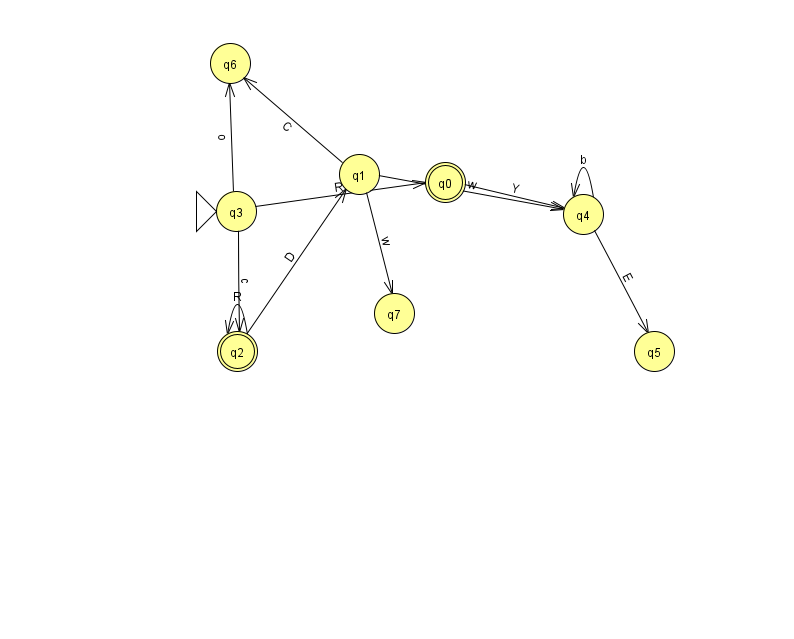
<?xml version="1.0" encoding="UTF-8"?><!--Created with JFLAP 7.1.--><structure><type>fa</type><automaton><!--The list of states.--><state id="0" name="q0"><x>445.0</x><y>169.0</y><final/></state><state id="1" name="q1"><x>359.0</x><y>161.0</y></state><state id="2" name="q2"><x>237.0</x><y>338.0</y><final/></state><state id="3" name="q3"><x>236.0</x><y>198.0</y><initial/></state><state id="4" name="q4"><x>583.0</x><y>201.0</y></state><state id="5" name="q5"><x>654.0</x><y>338.0</y></state><state id="6" name="q6"><x>230.0</x><y>50.0</y></state><state id="7" name="q7"><x>394.0</x><y>300.0</y></state><!--The list of transitions.--><transition><from>2</from><to>2</to><read>R</read></transition><transition><from>3</from><to>0</to><read>R</read></transition><transition><from>3</from><to>2</to><read>c</read></transition><transition><from>4</from><to>4</to><read>b</read></transition><transition><from>4</from><to>5</to><read>E</read></transition><transition><from>1</from><to>6</to><read>C</read></transition><transition><from>0</from><to>4</to><read>Y</read></transition><transition><from>1</from><to>4</to><read>w</read></transition><transition><from>3</from><to>6</to><read>o</read></transition><transition><from>2</from><to>1</to><read>D</read></transition><transition><from>1</from><to>7</to><read>w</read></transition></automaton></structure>